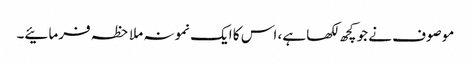
موصوف نے جو کچھ لکھا ہے، اس کا ایک نمونہ ملاحظہ فرمائیے۔